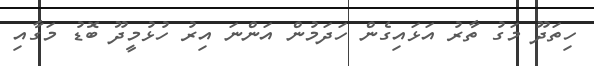
ހިތަދޫ މަގު ތާރު އަޅައިގެން ހަދަމުން އަންނަ އިރު ހުޅުމީދޫ ބޮޑު މަގާއި